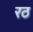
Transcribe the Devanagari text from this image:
रठ